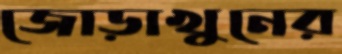
জোড়াখুনের